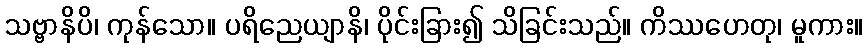
သဗ္ဗာနိပိ၊ ကုန်သော။ ပရိညေယျာနိ၊ ပိုင်းခြား၍ သိခြင်းသည်။ ကိဿဟေတု၊ မူကား။